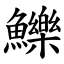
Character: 鱳